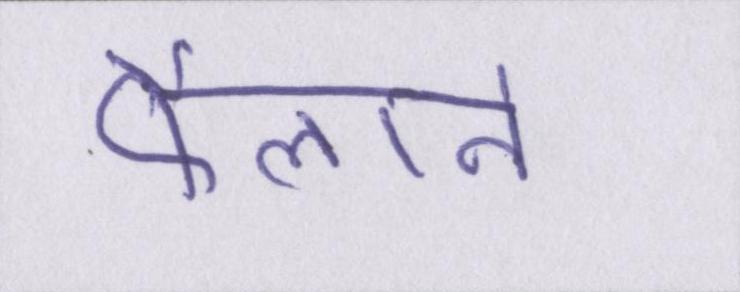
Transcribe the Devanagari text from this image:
फैलाने